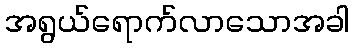
အရွယ်ရောက်လာသောအခါ